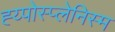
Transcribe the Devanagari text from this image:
ह्य्पोस्प्लेनिस्म